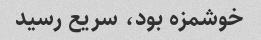
خوشمزه بود، سریع رسید